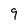
Character: 9